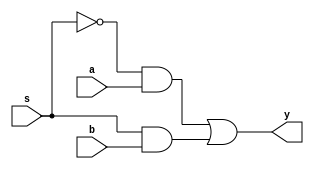
`timescale 1ns / 1ps
//////////////////////////////////////////////////////////////////////////////////
// Company: 
// Engineer: 
// 
// Design Name: 
// Module Name:    dlatch 
// Project Name: 
//Author Name: UMMIDI CHANDRIKA
// Target Devices: 
// Tool versions: 
// Description: 
//
// Dependencies: 
//
// Revision: 
// Revision 0.01 - File Created
// Additional Comments: 
//
////////////////////////////////////////////
module mux(a,b,s,y);
input a,b,s;
output reg  y;
always @(a or b or s)
begin
 y= (~s&a) | (s&b);
end
endmodule


module d_latch(d,clock,q);
input d,clock;
inout q;

mux mux1(.a(q),.b(d),.s(clock),.y(q));

endmodule